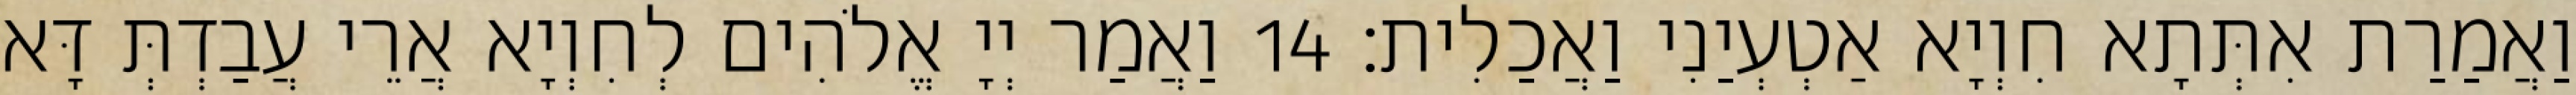
וַאֲמַרַת אִתְּתָא חִוְיָא אַטְעְיַנִי וַאֲכַלִית׃ 14 וַאֲמַר יְיָ אֱלֹהִים לְחִוְיָא אֲרֵי עֲבַדְתְּ דָּא